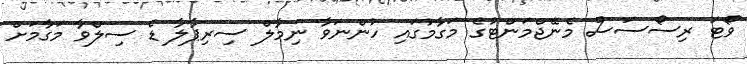
ވޯޓަ ރިސޯސަސް މެނޭޖްމަންޓުގެ މަގާމުގައި ހުންނަވާ ނިމާލް ސިރިޕާލާ ޑެ ސިލްވާ މަގާމަށް